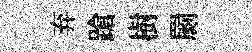
弃蹌樹罽